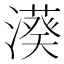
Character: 𣿮